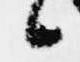
候